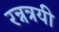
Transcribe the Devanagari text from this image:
रन्नत्रयी